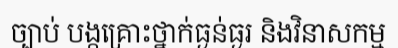
ច្បាប់ បង្កគ្រោះថ្នាក់ធ្ងន់ធ្ងរ និងវិនាសកម្ម